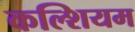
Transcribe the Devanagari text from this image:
कल्शियम